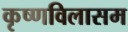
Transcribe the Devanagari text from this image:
कृष्णविलासम